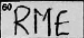
Transcription: RME